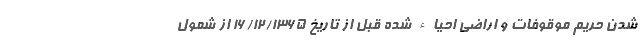
شدن حریم موقوفات و اراضی احیاء شده قبل از تاریخ 16/12/1365 از شمول